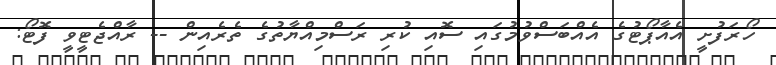
ހޯރަފުށީ އެއާޕޯޓުގެ އެއްބަސްވުމުގައި ސޮއި ކުރި ރަސްމިއްޔާތުގެ ތެރެއިން -- ރާއްޖެޓީވީ ފޮޓޯ: